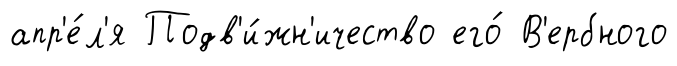
апр'е́л'я Подв'и́жн'ичество его́ В'ербного